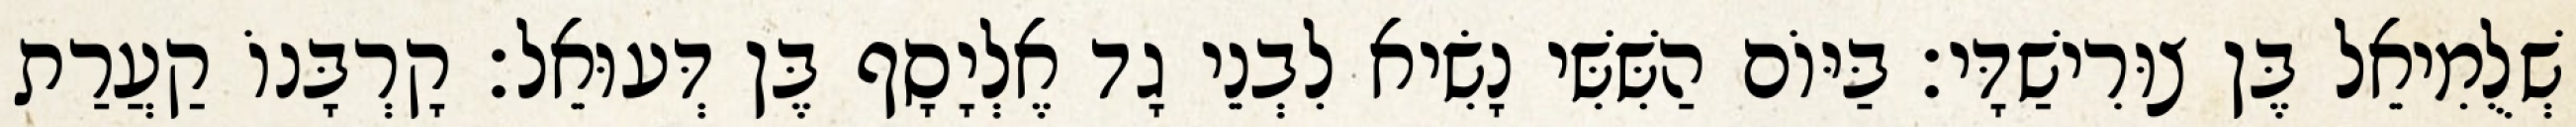
שְׁלֻמִיאֵל בֶּן צוּרִישַׁדָּי׃ בַּיּוֹם הַשִּׁשִּׁי נָשִׂיא לִבְנֵי גָד אֶלְיָסָף בֶּן דְּעוּאֵל׃ קָרְבָּנוֹ קַעֲרַת